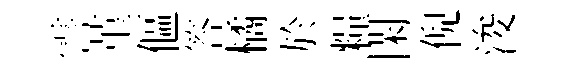
霅堇傴答橘於糧閑倪浚